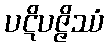
ပဋိပဇ္ဇိဿံ